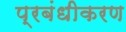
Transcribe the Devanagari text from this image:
प्रबंधीकरण